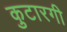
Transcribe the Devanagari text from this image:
कुटारगी